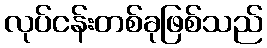
လုပ်ငန်းတစ်ခုဖြစ်သည်